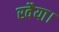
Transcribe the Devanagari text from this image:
रवैया।